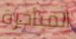
المتأخرة